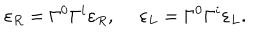
LaTeX: \varepsilon _ { R } = \Gamma ^ { 0 } \Gamma ^ { i } \varepsilon _ { R } , \ \varepsilon _ { L } = \Gamma ^ { 0 } \Gamma ^ { i } \varepsilon _ { L } .